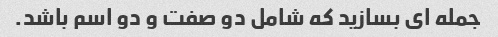
جمله ای بسازید که شامل دو صفت و دو اسم باشد.